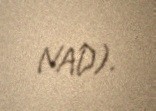
NAD).